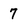
Character: 7